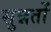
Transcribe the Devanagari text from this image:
सुन्नतों